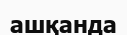
ашқанда